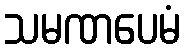
သမဏပေမံ